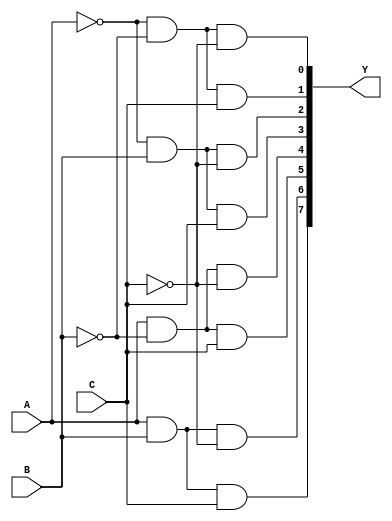
// This program was cloned from: https://github.com/aryanmahawar205/ModelSim-IntelFPGA
// License: GNU General Public License v3.0

//Structural Modelling for 3 to 8 Decoder

module decoder_3_to_8_str(A, B, C, Y);
input A, B, C; output [7:0]Y;
wire y1, y2, y3;
not (y1, A); not (y2, B); not (y3, C);
and(Y[0], y1, y2, y3);
and(Y[1], y1, y2, C);
and(Y[2], y1, B, y3);
and(Y[3], y1, B, C);
and(Y[4], A, y2, y3);
and(Y[5], A, y2, C);
and(Y[6], A, B, y3);
and(Y[7], A, B, C);
endmodule